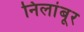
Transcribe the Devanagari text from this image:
निलांबूर